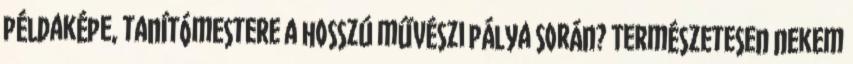
példaképe, tanítómestere a hosszú művészi pálya során? Természetesen nekem